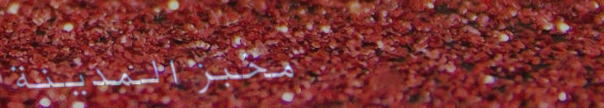
مخبز المدينة